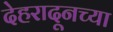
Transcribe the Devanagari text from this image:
देहरादूनच्या